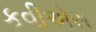
કવીએસ